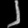
Digit: ၂